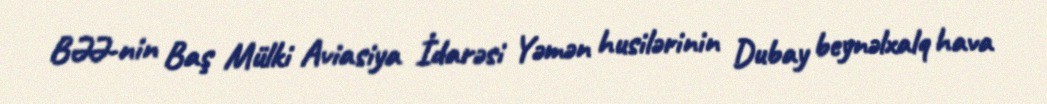
BƏƏ-nin Baş Mülki Aviasiya İdarəsi Yəmən husilərinin Dubay beynəlxalq hava